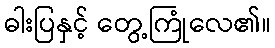
ဓါးပြနှင့် တွေ့ကြုံလေ၏။